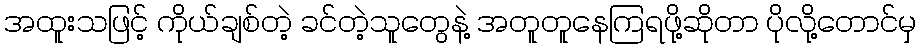
အထူးသဖြင့် ကိုယ်ချစ်တဲ့ ခင်တဲ့သူတွေနဲ့ အတူတူနေကြရဖို့ဆိုတာ ပိုလို့တောင်မှ